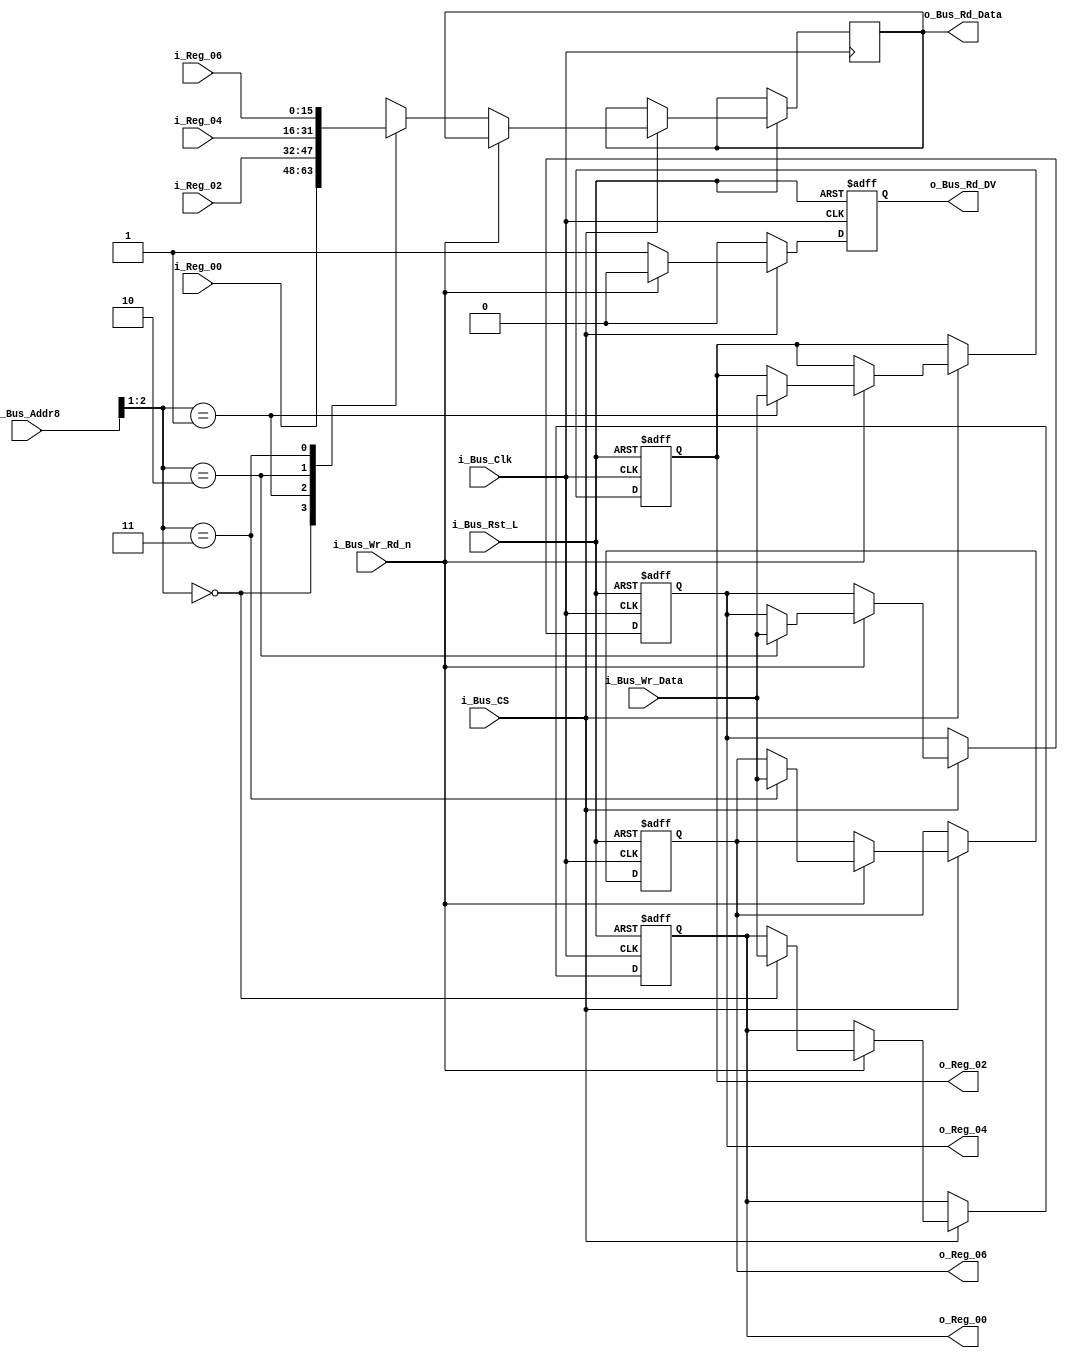
module Bus_Reg_X4 #(parameter INIT_00  = 0,
                    parameter INIT_02  = 0,
                    parameter INIT_04  = 0,
                    parameter INIT_06  = 0) 
 (input             i_Bus_Rst_L,
  input             i_Bus_Clk,
  input             i_Bus_CS,
  input             i_Bus_Wr_Rd_n,
  input [2:0]       i_Bus_Addr8,
  input [15:0]      i_Bus_Wr_Data,
  output reg [15:0] o_Bus_Rd_Data,
  output reg        o_Bus_Rd_DV,
  input [15:0]      i_Reg_00,
  input [15:0]      i_Reg_02,
  input [15:0]      i_Reg_04,
  input [15:0]      i_Reg_06,
  output reg [15:0] o_Reg_00,
  output reg [15:0] o_Reg_02,
  output reg [15:0] o_Reg_04,
  output reg [15:0] o_Reg_06);

  always @(posedge i_Bus_Clk or negedge i_Bus_Rst_L)
  begin
    if (~i_Bus_Rst_L)
    begin
      o_Bus_Rd_DV <= 1'b0;
      o_Reg_00   <= INIT_00;
      o_Reg_02   <= INIT_02;
      o_Reg_04   <= INIT_04;
      o_Reg_06   <= INIT_06;
    end
    else
    begin
      o_Bus_Rd_DV <= 1'b0;

      if (i_Bus_CS == 1'b1)
      begin
        if (i_Bus_Wr_Rd_n == 1'b1) // Write Command
        begin
          case (i_Bus_Addr8[2:1])
          2'b00 : o_Reg_00 <= i_Bus_Wr_Data;
          2'b01 : o_Reg_02 <= i_Bus_Wr_Data;
          2'b10 : o_Reg_04 <= i_Bus_Wr_Data;
          2'b11 : o_Reg_06 <= i_Bus_Wr_Data;
          endcase
        end
        else // Read Command
        begin
          o_Bus_Rd_DV   <= 1'b1;
          
          case (i_Bus_Addr8[2:1])
          2'b00 : o_Bus_Rd_Data <= i_Reg_00;
          2'b01 : o_Bus_Rd_Data <= i_Reg_02;
          2'b10 : o_Bus_Rd_Data <= i_Reg_04;
          2'b11 : o_Bus_Rd_Data <= i_Reg_06;
          endcase 
        end // else: !if(i_Bus_Wr_Rd_n == 1'b1)
      end // if (i_Bus_CS == 1'b1)
    end // else: !if(!i_Bus_Rst_L)
  end // always @ (posedge i_Bus_Clk or negedge i_Bus_Rst_L)

endmodule